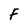
Character: F